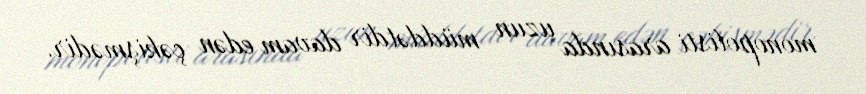
monopolisti arasında uzun müddətdir davam edən çəkişmədir.